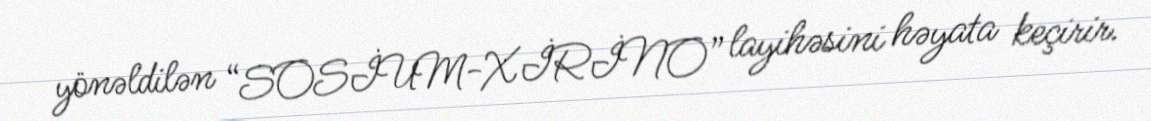
yönəldilən “SOSİUM-XİRİNO” layihəsini həyata keçirir.